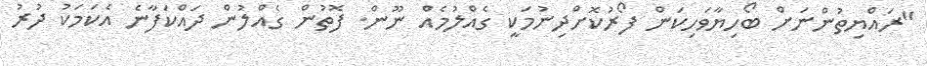
"ރައްޔިތުންނަށް ބޯހިޔާވަހިކަން ފޯރުކޮށްދިނުމަކީ ގެއްލުމެއް ނޫން. ފޮތުން ގެއްލުން ދައްކަފާނެ އެކަމަކު ދުރު